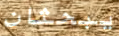
يبحثان